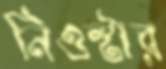
নিওস্টার